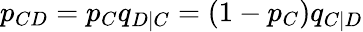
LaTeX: p_{CD}=p_{C}q_{D|C}=(1-p_{C})q_{C|D}